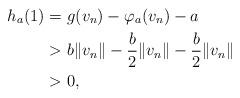
LaTeX: \begin{align*} h_a(1)=& \ g(v_n)-\varphi_a(v_n)-a\\ > &\ b\|v_n\|-\frac{b}{2}\|v_n\|-\frac{b}{2}\|v_n\|\\ > &\ 0,\end{align*}